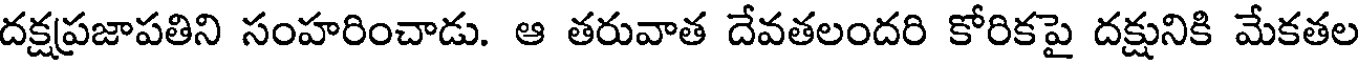
దక్షప్రజాపతిని సంహరించాడు. ఆ తరువాత దేవతలందరి కోరికపై దక్షునికి మేకతల